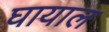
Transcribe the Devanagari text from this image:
घायाल